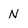
Character: N